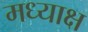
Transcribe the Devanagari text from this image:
मध्याक्ष